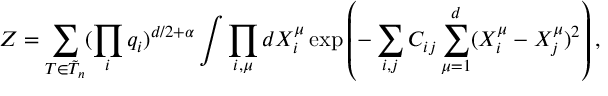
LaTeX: \protect Z = \sum _ { T \in { \tilde { \cal { T } } } _ { n } } ( \prod _ { i } q _ { i } ) ^ { d / 2 + \alpha } \int \prod _ { i , \mu } d X _ { i } ^ { \mu } \exp \left( - \sum _ { i , j } C _ { i j } \sum _ { \mu = 1 } ^ { d } ( X _ { i } ^ { \mu } - X _ { j } ^ { \mu } ) ^ { 2 } \right) ,